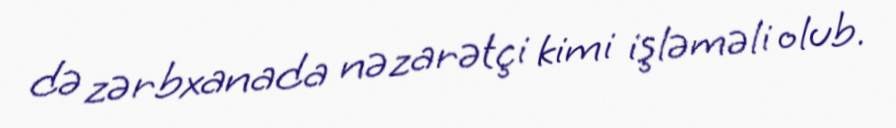
də zərbxanada nəzarətçi kimi işləməli olub.